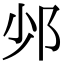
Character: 𨙹